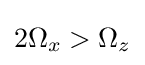
2\Omega _{x}>\Omega _{z}